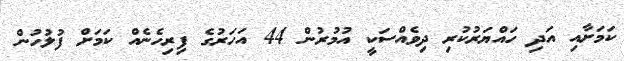
ކަމަށާއި އަދި ހައްޔަރުކުރި ދިވެއްސަކީ އުމުރުން 44 އަހަރުގެ ފިރިހެނެއް ކަމަށް ފުލުހުން